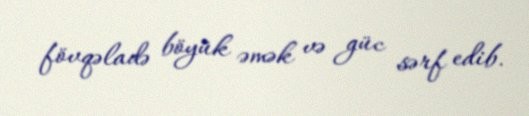
fövqəladə böyük əmək və güc sərf edib.